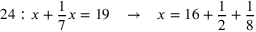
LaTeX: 2 4 : x + { \frac { 1 } { 7 } } x = 1 9 \; \; \; \rightarrow \; \; \; x = 1 6 + { \frac { 1 } { 2 } } + { \frac { 1 } { 8 } }